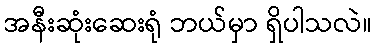
အနီးဆုံးဆေးရုံ ဘယ်မှာ ရှိပါသလဲ။